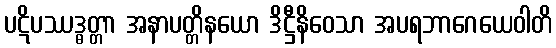
ပဋိပဿဒ္ဓတ္တာ အနာပတ္တိနယော ဒိဋ္ဌီနိဝေသာ အပရဘာဂေယေဝါတိ